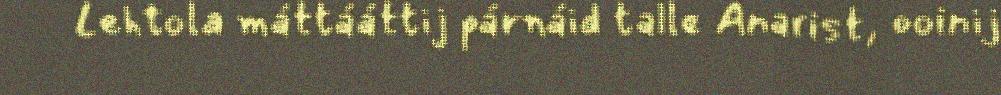
Lehtola máttááttij párnáid talle Anarist, ooinij